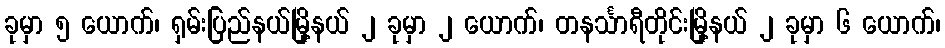
ခုမှာ ၅ ယောက်၊ ရှမ်းပြည်နယ်မြို့နယ် ၂ ခုမှာ ၂ ယောက်၊ တနင်္သာရီတိုင်းမြို့နယ် ၂ ခုမှာ ၆ ယောက်၊